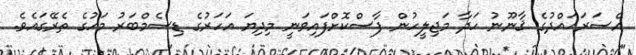
އެސަރަޙައްދުގެ ޤާނޫނު ހަދާ މަޖިލީހުން ފާސްކޮށްފައިވަނީ މިދިޔަ އަހަރުގެ ޑިސެމްބަރު މަހުގެ ތެރޭގައެވެ.